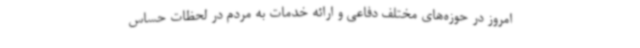
امروز در حوزه‌های مختلف دفاعی و ارائه خدمات به مردم در لحظات حساس